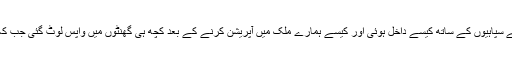
دوسرا سوال یہ ہے کہ امریکی ملٹری پاکستان میں اپنے سپاہیوں کے ساتھ کیسے داخل ہوئی اور کیسے ہمارے ملک میں آپریشن کرنے کے بعد کچھ ہی گھنٹوں میں واپس لوٹ گئی جب کہ پاکستان کی سکیورٹی فورسز کو بھنک تک نہ ہوئی؟